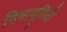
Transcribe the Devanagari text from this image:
विषाणुविदों